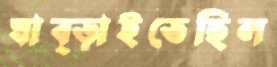
ঘাব্‌ড়াইতেছিল